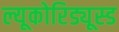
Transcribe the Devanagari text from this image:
ल्यूकोरिड्यूस्ड